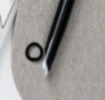
٥